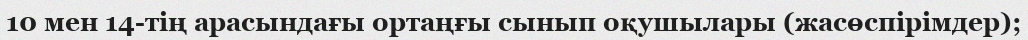
10 мен 14-тің арасындағы ортаңғы сынып оқушылары (жасөспірімдер);